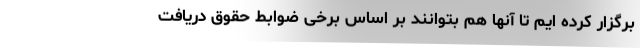
برگزار کرده ایم تا آنها هم بتوانند بر اساس برخی ضوابط حقوق دریافت